Vaccination in Bombay 1902-1912 - 1902-1912
Year: 1902
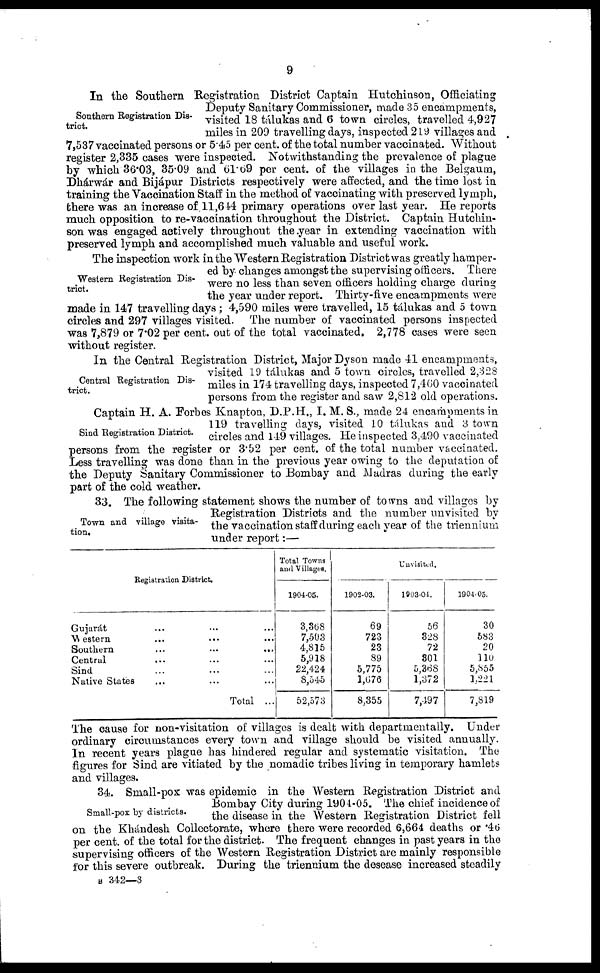
9
Southern Registration Dis-
trict.
In the Southern Registration District Captain Hutchinson, Officiating
Deputy Sanitary Commissioner, made 35 encampments,
visited 18 tálukas and 6 town circles, travelled 4,927
miles in 209 travelling days, inspected 219 villages and
7,537 vaccinated persons or 5.45 per cent. of the total number vaccinated. Without
register 2,335 cases were inspected. Notwithstanding the prevalence of plague
by which 36.03, 35.09 and 61.69 per cent. of the villages in the Belgaum,
Dhárwár and Bijápur Districts respectively were affected, and the time lost in
training the Vaccination Staff in the method of vaccinating with preserved lymph,
there was an increase of 11,644 primary operations over last year. He reports
much opposition to re-vaccination throughout the District. Captain Hutchin-
son was engaged actively throughout the year in extending vaccination with
preserved lymph and accomplished much valuable and useful work.
Western Registration Dis-
trict.
The inspection work in the Western Registration District was greatly hamper-
ed by changes amongst the supervising officers. There
were no less than seven officers holding charge during
the year under report. Thirty-five encampments were
made in 147 travelling days; 4,590 miles were travelled, 15 tálukas and 5 town
circles and 297 villages visited. The number of vaccinated persons inspected
was 7,879 or 7.02 per cent. out of the total vaccinated. 2,778 cases were seen
without register.
Central Registration Dis-
trict.
Sind Registration District.
In the Central Registration District, Major Dyson made 41 encampments,
visited 19 tálukas and 5 town circles, travelled 2,328
miles in 174 travelling days, inspected 7,460 vaccinated
persons from the register and saw 2,812 old operations.
Captain H. A. Forbes Knapton, D.P.H., I. M. S., made 24 encampments in
119 travelling days, visited 10 tálukas and 3 town
circles and 149 villages. He inspected 3,490 vaccinated
persons from the register or 3.52 per cent. of the total number vaccinated.
Less travelling was done than in the previous year owing to the deputation of
the Deputy Sanitary Commissioner to Bombay and Madras during the early
part of the cold weather.
Town and village visita-
tion.
33. The following statement shows the number of towns and villages by
Registration Districts and the number unvisited by
the vaccination staff during each year of the triennium
under report:—
Registration District.
Gujarát ... ... ...
Western ... ... ...
Southern
...
...
...
Central ... ... ...
Sind ... ... ...
Native States ... ... ...
Total ...
Total Towns
and Villages.
1904-05.
3,368
7,503
4,815
5,918
22,424
8,545
52,573
Unvisited.
1902-03.
69
723
23
89
5,775
1,676
8,355
1903-01.
56
328
72
301
5,368
1,372
7,497
1904-05.
30
583
20
110
5,855
1,221
7,819
The cause for non-visitation of villages is dealt with departmentally. Under
ordinary circumstances every town and village should be visited annually.
In recent years plague has hindered regular and systematic visitation. The
figures for Sind are vitiated by the nomadic tribes living in temporary hamlets
and villages.
Small-pox by districts.
34. Small-pox was epidemic in the Western Registration District and
Bombay City during 1904-05. The chief incidence of
the disease in the Western Registration District fell
on the Khándesh Collectorate, where there were recorded 6,664 deaths or .46
per cent. of the total for the district. The frequent changes in past years in the
supervising officers of the Western Registration District are mainly responsible
for this severe outbreak. During the triennium the desease increased steadily
B 342—3